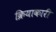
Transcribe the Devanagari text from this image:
क्रियाकारी